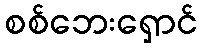
စစ်ဘေးရှောင်